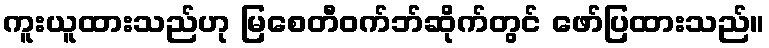
ကူးယူထားသည်ဟု မြစေတီဝက်ဘ်ဆိုက်တွင် ဖော်ပြထားသည်။